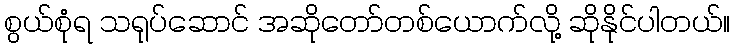
စွယ်စုံရ သရုပ်ဆောင် အဆိုတော်တစ်ယောက်လို့ ဆိုနိုင်ပါတယ်။